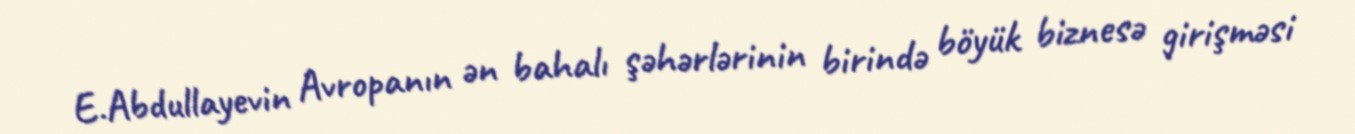
E.Abdullayevin Avropanın ən bahalı şəhərlərinin birində böyük biznesə girişməsi